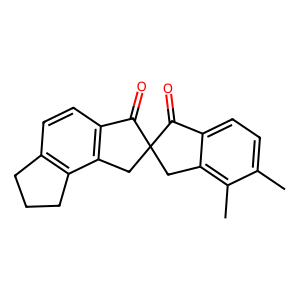
SMILES: Cc1ccc2c(c1C)CC1(Cc3c(ccc4c3CCC4)C1=O)C2=O
Inhibits HIV replication: No